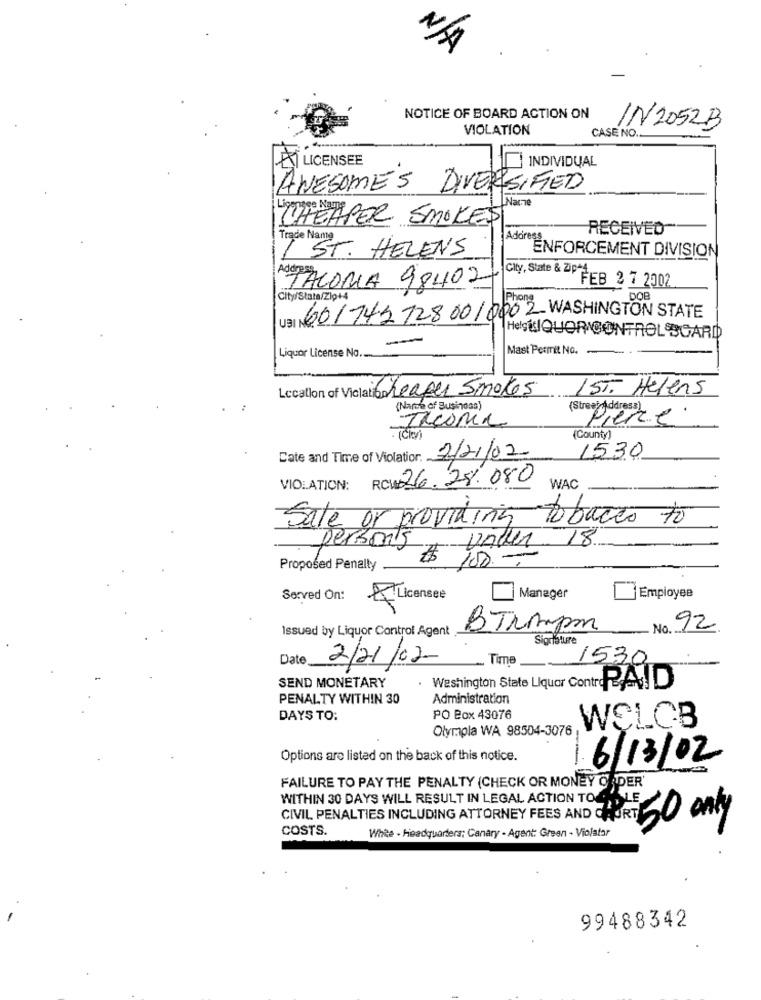
NOTICE OF BOARD ACTION ON
VIOLATION
CASE NO.
IN2052B
LICENSEE
INDIVIDUAL
AWESOMES DIVERSIFIED
Nace
CHEAPER SMOKES
RECEIVED
Trade Name
Address
/ ST. HELENS
ENFORCEMENT DIVISION
City, State & Zip+4,
FEB 2 7 2002
TACORIA 98402
City/Stata/Zip+4
DOB
UBI 60/7427280010002 WASHINGTON STATE
HelgeLIQUOR CONTROL BOARD
Mast Permit NO.
Liquor License No.
Location of Viclati cheaper Smokes
1ST. Helens
(Name of Business)
Ilconia
Pierce.
(County)
Date and Time of Violation: 2/21/02-
1530
RC 26.28.080
WAC
VIOLATION:
Sale or providing
tobacco to
18
person's
VAller
$ 100 -
Proposed Penalty
Served On:
Licensee
Manager
Employee
Issued by Liquor Control Agent
BTNApm
92
Sigristure
Date
Time
1530
2/21/02
SEND MONETARY
Washington State Liquor contr PAD
PENALTY WITHIN 30
Administration
DAYS TO:
PO Box 43076
Olympla WA 98504-3076
WĘLCB
Options are listed on the back of this notice.
6/13/02
FAILURE TO PAY THE PENALTY (CHECK OR MONEY ORDER'
WITHIN 30 DAYS WILL RESULT IN LEGAL ACTION TO
LE
CIVIL PENALTIES INCLUDING ATTORNEY FEES AND CH
50 only
COSTS.
Whee . Headquarters; Canary - Agent: Green - Violator
99488342